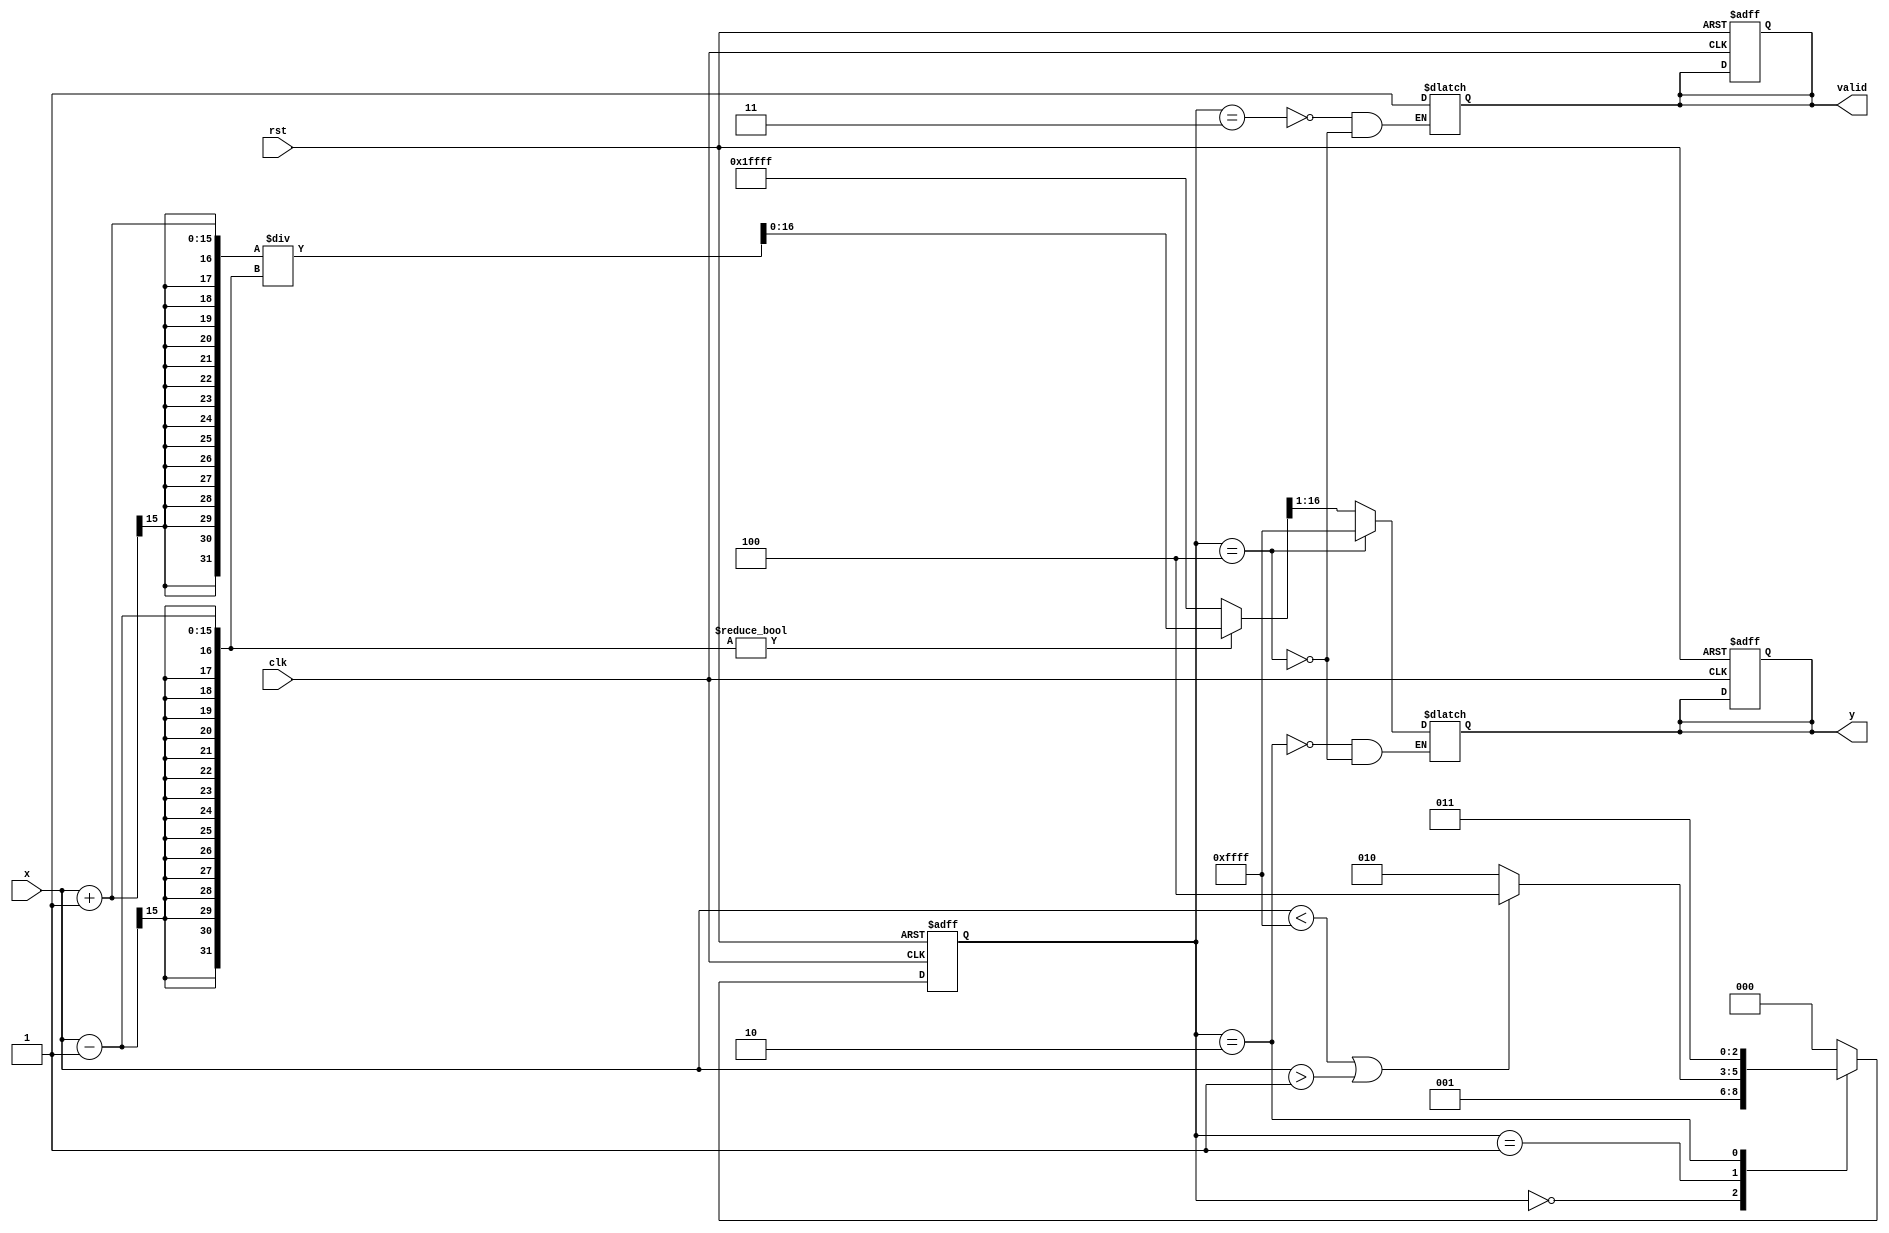
module atanh (
    input wire signed [15:0] x,      // Input signal (fixed-point)
    input wire clk,                   // Clock signal
    input wire rst,                   // Reset signal
    output reg signed [15:0] y,       // Output signal (atanh result)
    output reg valid                  // Output valid signal
);

    // Internal signals
    reg signed [15:0] x_plus_1;
    reg signed [15:0] x_minus_1;
    reg signed [31:0] div_result;      // Division result (32 bits for precision)
    reg signed [31:0] ln_result;       // Logarithm result (32 bits for precision)
    reg [2:0] state;                   // State machine
    reg [2:0] next_state;              // Next state for FSM

    // State definitions
    localparam IDLE         = 3'b000;
    localparam CHECK_RANGE  = 3'b001;
    localparam CALCULATE    = 3'b010;
    localparam OUTPUT       = 3'b011;
    localparam ERROR        = 3'b100;

    // Logarithm approximation (simple implementation)
    function signed [31:0] natural_log;
        input signed [31:0] value;
        begin
            // Basic approximation for ln using Taylor series or other method
            // This is a placeholder; use a more accurate algorithm as needed
            natural_log = value; // Replace with actual logarithm computation
        end
    endfunction

    // Division function
    function signed [31:0] divide;
        input signed [31:0] numerator;
        input signed [31:0] denominator;
        begin
            if (denominator != 0)
                divide = numerator / denominator; // Simple division
            else
                divide = 32'h7FFFFFFF; // Return max value on division by zero
        end
    endfunction

    // State machine
    always @(posedge clk or posedge rst) begin
        if (rst) begin
            state <= IDLE;
            y <= 0;
            valid <= 0;
        end else begin
            state <= next_state;
        end
    end

    // Next state logic
    always @(*) begin
        case (state)
            IDLE: begin
                if (1'b1) // Triggered by some condition to start computation
                    next_state = CHECK_RANGE;
                else
                    next_state = IDLE;
            end
            CHECK_RANGE: begin
                if (x < -16'h0001 || x > 16'h0001) // Outside range (-1, 1)
                    next_state = ERROR;
                else
                    next_state = CALCULATE;
            end
            CALCULATE: begin
                // Perform calculations
                x_plus_1 = x + 16'h0001;
                x_minus_1 = x - 16'h0001;
                div_result = divide(x_plus_1, x_minus_1);
                ln_result = natural_log(div_result);
                y = ln_result >> 1; // Divide by 2
                next_state = OUTPUT;
            end
            OUTPUT: begin
                valid = 1'b1; // Output is valid
                next_state = IDLE; // Go back to IDLE
            end
            ERROR: begin
                y = 32'h7FFFFFFF; // Output an error value
                valid = 1'b1; // Output is valid
                next_state = IDLE; // Go back to IDLE
            end
            default: next_state = IDLE;
        endcase
    end

endmodule